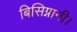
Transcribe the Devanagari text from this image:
बिसिग्नानी।